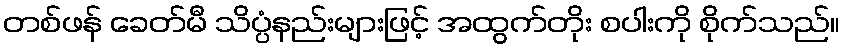
တစ်ဖန် ခေတ်မီ သိပ္ပံနည်းများဖြင့် အထွက်တိုး စပါးကို စိုက်သည်။